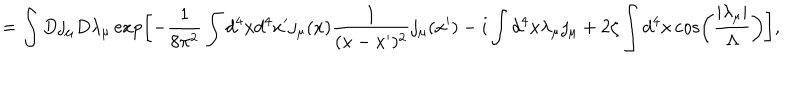
LaTeX: = \int D j _ { \mu } D \lambda _ { \mu } \exp \left[ - \frac { 1 } { 8 \pi ^ { 2 } } \int d ^ { 4 } x d ^ { 4 } x ^ { \prime } j _ { \mu } ( x ) \frac { 1 } { ( x - x ^ { \prime } ) ^ { 2 } } j _ { \mu } ( x ^ { \prime } ) - i \int d ^ { 4 } x \lambda _ { \mu } j _ { \mu } + 2 \zeta \int d ^ { 4 } x \cos \left( \frac { \left| \lambda _ { \mu } \right| } { \Lambda } \right) \right] ,